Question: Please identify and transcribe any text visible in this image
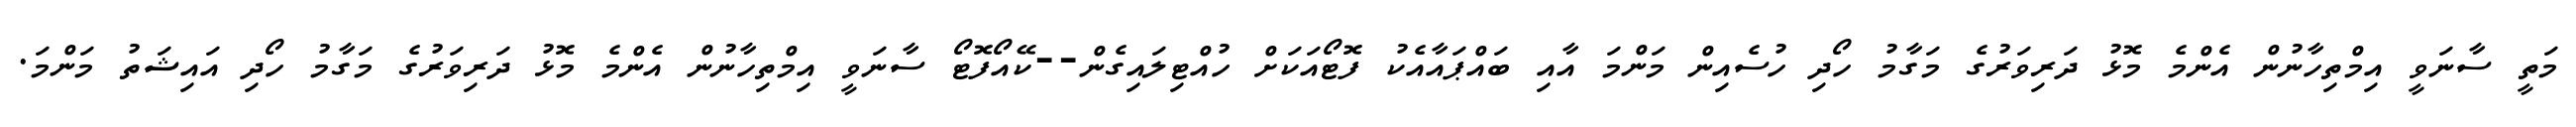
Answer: މަތީ ސާނަވީ އިމްތިހާނުން އެންމެ މޮޅު ދަރިވަރުގެ މަގާމު ހޯދި ހުސެއިން މަންމަ އާއި ބައްޕައާއެކު ފޮޓޯއަކަށް ހުއްޓިލައިގެން--ކޭއޯފޮޓޯ ސާނަވީ އިމްތިހާނުން އެންމެ މޮޅު ދަރިވަރުގެ މަގާމު ހޯދި އައިޝަތު މަންމަ.